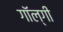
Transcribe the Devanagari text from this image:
गॉल्गी